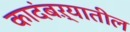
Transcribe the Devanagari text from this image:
कादंबऱ्यातील